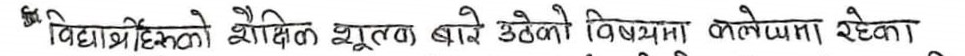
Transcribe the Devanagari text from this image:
“विद्यार्थीहरुको शैक्षिक शुल्क बारे उठेको बिषयमा कलममा रहेका